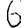
Digit: 6